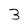
Character: 3